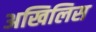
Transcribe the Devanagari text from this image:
अखिलिस